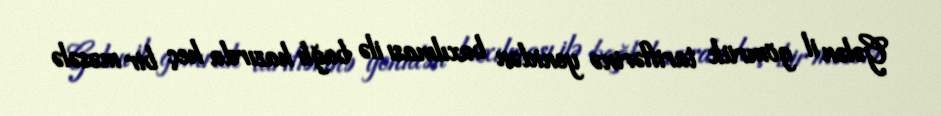
Gələn il gömrük tariflərinə yenidən baxılması ilə bağlı hazırda heç bir məsələ